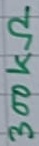
Text: 300kΩ